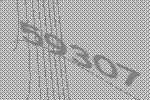
59307